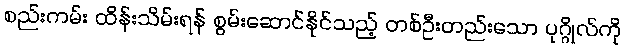
စည်းကမ်း ထိန်းသိမ်းရန် စွမ်းဆောင်နိုင်သည့် တစ်ဦးတည်းသော ပုဂ္ဂိုလ်ကို